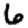
Digit: 6